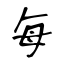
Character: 每